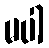
မပါ